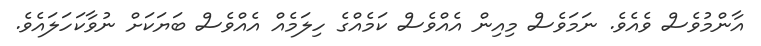
އާންމުވެސް ވެއެވެ. ނަމަވެސް މިއިން އެއްވެސް ކަމެއްގެ ހިލަމެއް އެއްވެސް ބަޔަކަށް ނުވާކަހަލައެވެ.